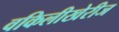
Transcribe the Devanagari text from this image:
वकिलीखेरीज